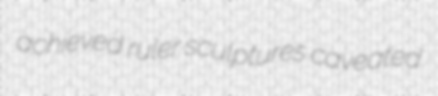
achieved ruler sculptures caveated